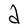
Character: a